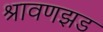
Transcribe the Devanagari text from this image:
श्रावणझड